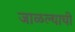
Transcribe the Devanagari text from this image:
जाळल्याची